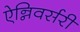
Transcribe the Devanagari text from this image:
ऐन्निवर्सरी